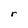
Character: r